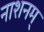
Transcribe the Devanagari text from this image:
नाशनम्‌